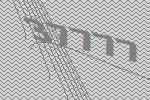
37777